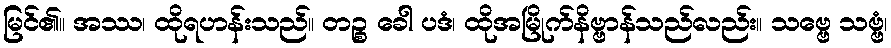
မြင်၏။ အဿ၊ ထိုရဟန်းသည်။ တဉ္စ ခေါ ပဒံ၊ ထိုအမြိုက်နိဗ္ဗာန်သည်လည်း။ သဗ္ဗေ သဗ္ဗံ၊